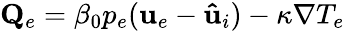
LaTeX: {\mathbf{Q}}_{e}=\beta_{0}p_{e}({\mathbf{u}}_{e}-{\mathbf{\hat{u}}}_{i})-\kappa\nabla T_{e}